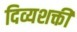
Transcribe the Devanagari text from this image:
दिव्यशक्ती